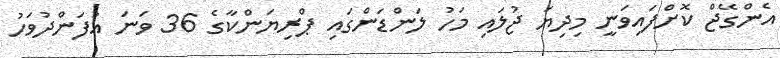
އެންގޭޖް ކޮށްފައިވަނީ މިދިޔަ ޖުލައި މަހު ލަންޑަންގައި ޕްރިޔަންކާގެ 36 ވަނަ އުފަންދުވަހު